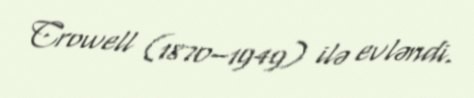
Crowell (1870–1949) ilə evləndi.